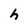
Character: h